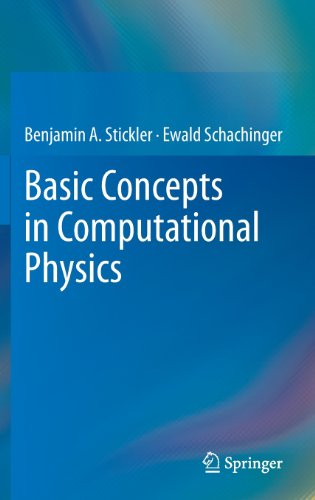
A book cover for Basic Concepts in Computational Physics; Benjamin Stickler; Science & Math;